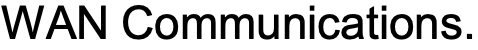
WAN Communications.